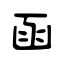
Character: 函